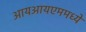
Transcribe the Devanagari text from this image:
आयआयएममध्ये